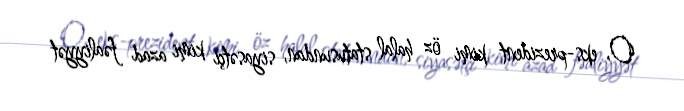
O, eks-prezident kimi öz halal statusundan, siyasətçi kimi azad fəaliyyət